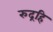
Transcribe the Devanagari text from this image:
रुद्रहि